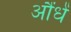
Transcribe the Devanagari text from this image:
औंधें